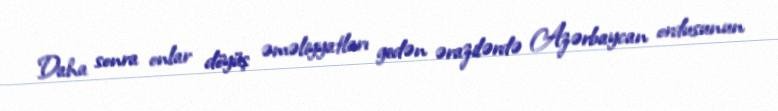
Daha sonra onlar döyüş əməliyyatları gedən ərazilərdə Azərbaycan ordusunun